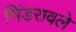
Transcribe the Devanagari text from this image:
भिंडरावले